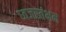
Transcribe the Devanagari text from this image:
ध्‍वजस्‍तंभम